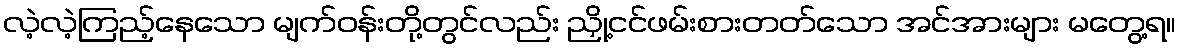
လဲ့လဲ့ကြည့်နေသော မျက်ဝန်းတို့တွင်လည်း ညှို့ငင်ဖမ်းစားတတ်သော အင်အားများ မတွေ့ရ။